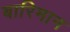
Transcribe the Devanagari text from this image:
बारिमान